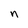
Character: n